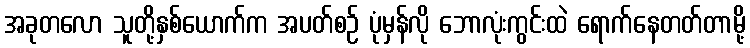
အခုတလော သူတို့နှစ်ယောက်က အပတ်စဉ် ပုံမှန်လို ဘောလုံးကွင်းထဲ ရောက်နေတတ်တာမို့